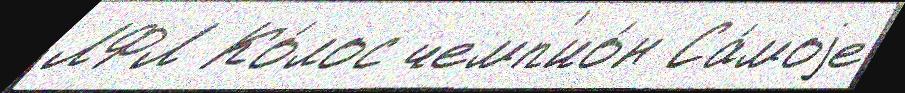
ЛФЛ Ко́лос чемп'ио́н Са́моjе